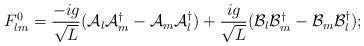
LaTeX: \begin{align*}F^0_{lm} = \frac{-ig}{\sqrt{L}}({\cal A}_l{\cal A}^\dagger_m - {\cal A}_m{\cal A}^\dagger_l)+ \frac{ig}{\sqrt{L}}({\cal B}_l{\cal B}^\dagger_m - {\cal B}_m{\cal B}^\dagger_l);\end{align*}